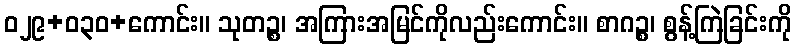
ဝ၂၉+၀၃ဝ+ကောင်း။ သုတဉ္စ၊ အကြားအမြင်ကိုလည်းကောင်း။ စာဂဉ္စ၊ စွန့်ကြဲခြင်းကို